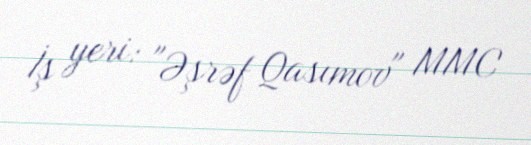
İş yeri: "Əşrəf Qasımov" MMC